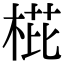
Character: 𣓋